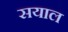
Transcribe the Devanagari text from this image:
सयाल